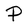
Character: P